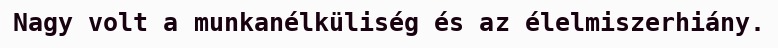
Nagy volt a munkanélküliség és az élelmiszerhiány.